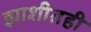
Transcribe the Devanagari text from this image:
झाशीतही